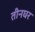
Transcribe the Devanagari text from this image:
तीनघर